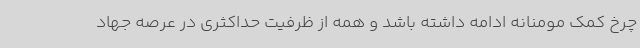
چرخ کمک مومنانه ادامه داشته باشد و همه از ظرفیت حداکثری در عرصه جهاد